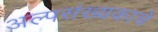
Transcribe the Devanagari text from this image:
अल्पसंख्यकाचे